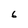
Character: 6